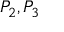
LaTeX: P _ { 2 } , P _ { 3 }